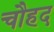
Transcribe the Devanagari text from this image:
चौहद